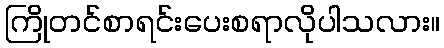
ကြိုတင်စာရင်းပေးစရာလိုပါသလား။